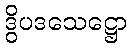
ဒွိပဒသေဋ္ဌော